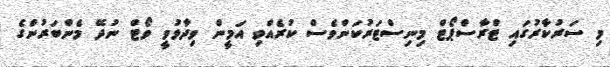
މި ސަރުކާރުގައި ޓްރާސްޕޯޓް މިނިސްޓަރުކަންވެސް ކުރެއްވި އަމީން ވިދާޅުވީ ވޯޓް ނުދޭ މެންބަރުންގެ